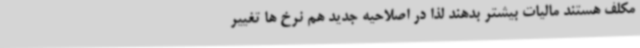
مکلف هستند مالیات بیشتر بدهند لذا در اصلاحیه جدید هم نرخ ها تغییر